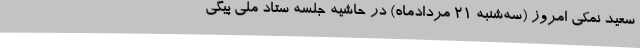
سعید نمکی امروز (سه‌شنبه 21 مردادماه) در حاشیه جلسه ستاد ملی پیگی